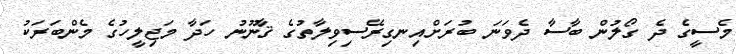
މެސީގެ ދެ ގޯލުން ބާސާ ދެވަނަ ބުރަށްއިނގިރޭސިވިލާތުގެ ޤާނޫނު ހަދާ މަޖިލީހުގެ މެންބަރަކު